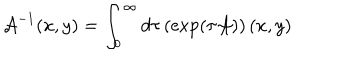
{ \cal A } ^ { - 1 } ( x , y ) = \int _ { 0 } ^ { \infty } d \tau \left( \exp \left( \tau { \cal A } \right) \right) ( x , y )